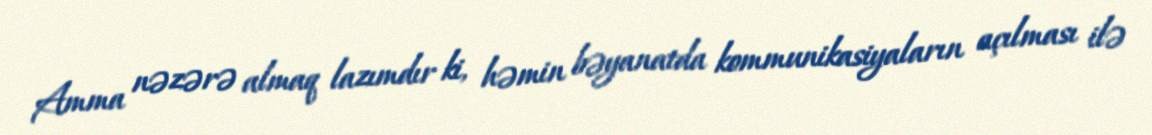
Amma nəzərə almaq lazımdır ki, həmin bəyanatda kommunikasiyaların açılması ilə